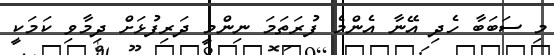
މި ސަބަބާ ހެދި އޭނާ އެންމެ ފުރަތަމަ ނިންމީ ދަރިފުޅަށް ދިމާވި ކަމަކީ